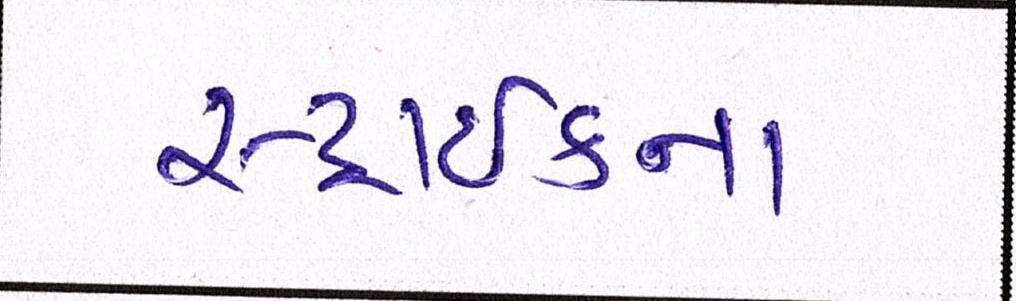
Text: સ્ટ્રાઈકના